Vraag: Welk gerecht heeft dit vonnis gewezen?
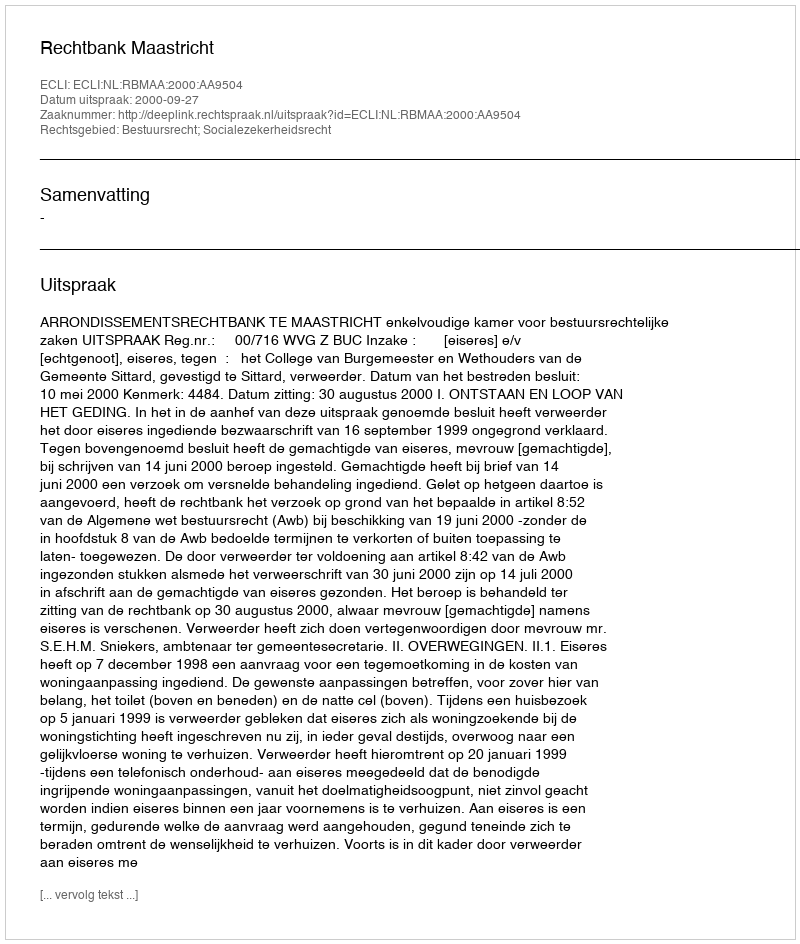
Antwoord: Rechtbank Maastricht